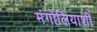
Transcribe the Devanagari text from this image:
मंगोलियाशी